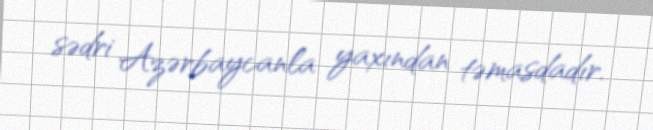
sədri Azərbaycanla yaxından təmasdadır.